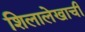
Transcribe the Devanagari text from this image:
शिलालेखाची